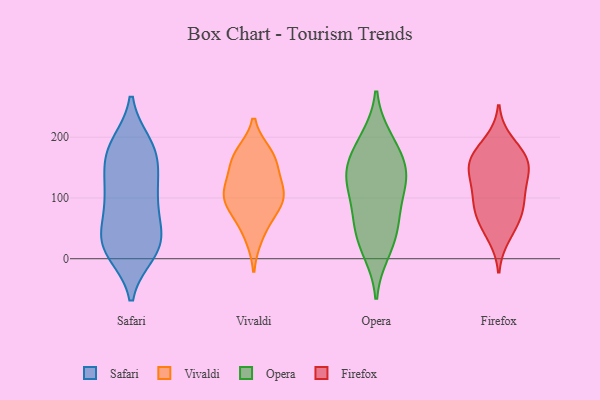
{"axis": {"x": "Churn Rate (%)", "y": "Value"}, "legend": ["Firefox", "Opera", "Safari", "Vivaldi"], "data": [{"x": "", "y": 154, "type": "Safari"}, {"x": "", "y": 188, "type": "Safari"}, {"x": "", "y": 48, "type": "Safari"}, {"x": "", "y": 20, "type": "Safari"}, {"x": "", "y": 101, "type": "Safari"}, {"x": "", "y": 10, "type": "Safari"}, {"x": "", "y": 34, "type": "Safari"}, {"x": "", "y": 106, "type": "Safari"}, {"x": "", "y": 173, "type": "Safari"}, {"x": "", "y": 186, "type": "Safari"}, {"x": "", "y": 120, "type": "Safari"}, {"x": "", "y": 29, "type": "Safari"}, {"x": "", "y": 12, "type": "Safari"}, {"x": "", "y": 96, "type": "Safari"}, {"x": "", "y": 19, "type": "Safari"}, {"x": "", "y": 68, "type": "Safari"}, {"x": "", "y": 150, "type": "Safari"}, {"x": "", "y": 182, "type": "Safari"}, {"x": "", "y": 111, "type": "Vivaldi"}, {"x": "", "y": 110, "type": "Vivaldi"}, {"x": "", "y": 165, "type": "Vivaldi"}, {"x": "", "y": 173, "type": "Vivaldi"}, {"x": "", "y": 70, "type": "Vivaldi"}, {"x": "", "y": 99, "type": "Vivaldi"}, {"x": "", "y": 36, "type": "Vivaldi"}, {"x": "", "y": 108, "type": "Vivaldi"}, {"x": "", "y": 168, "type": "Vivaldi"}, {"x": "", "y": 82, "type": "Vivaldi"}, {"x": "", "y": 142, "type": "Vivaldi"}, {"x": "", "y": 54, "type": "Opera"}, {"x": "", "y": 24, "type": "Opera"}, {"x": "", "y": 198, "type": "Opera"}, {"x": "", "y": 154, "type": "Opera"}, {"x": "", "y": 114, "type": "Opera"}, {"x": "", "y": 61, "type": "Opera"}, {"x": "", "y": 141, "type": "Opera"}, {"x": "", "y": 11, "type": "Opera"}, {"x": "", "y": 158, "type": "Opera"}, {"x": "", "y": 130, "type": "Opera"}, {"x": "", "y": 74, "type": "Opera"}, {"x": "", "y": 124, "type": "Opera"}, {"x": "", "y": 192, "type": "Opera"}, {"x": "", "y": 144, "type": "Firefox"}, {"x": "", "y": 166, "type": "Firefox"}, {"x": "", "y": 84, "type": "Firefox"}, {"x": "", "y": 192, "type": "Firefox"}, {"x": "", "y": 128, "type": "Firefox"}, {"x": "", "y": 98, "type": "Firefox"}, {"x": "", "y": 61, "type": "Firefox"}, {"x": "", "y": 163, "type": "Firefox"}, {"x": "", "y": 165, "type": "Firefox"}, {"x": "", "y": 70, "type": "Firefox"}, {"x": "", "y": 38, "type": "Firefox"}, {"x": "", "y": 105, "type": "Firefox"}, {"x": "", "y": 149, "type": "Firefox"}]}